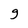
Character: g